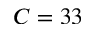
C = 3 3